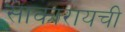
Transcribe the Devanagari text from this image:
साकारायची